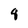
Character: 8